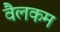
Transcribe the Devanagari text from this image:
वैलकम